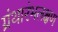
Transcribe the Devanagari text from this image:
ग्रंथारंभलक्षण